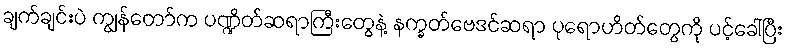
ချက်ချင်းပဲ ကျွန်တော်က ပဏ္ဍိတ်ဆရာကြီးတွေနဲ့ နက္ခတ်ဗေဒင်ဆရာ ပုရောဟိတ်တွေကို ပင့်ခေါ်ပြီး